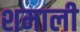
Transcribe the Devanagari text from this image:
शमाली